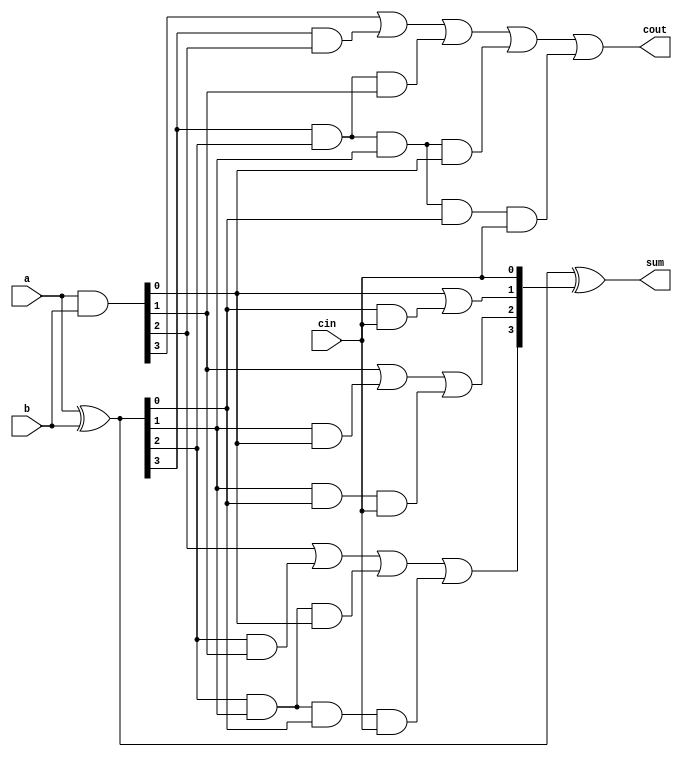
module cla_4bit(a, b, cin, sum, cout);
input [3:0] a;
input [3:0] b;
input cin;
output [3:0] sum;
output cout;

wire [3:0] p;//these internal signals track 
wire [3:0] g;
wire [3:0] c;

assign p = a ^ b;//a XOR b is propogate
assign g = a & b;//both bits are 1 generate
assign sum = p ^ c;//sum is a 1 if bit propogates XOR has a cin

/*Carry lookahead logic: first bit of c is cin, then every other bit must look at the
previous bit(s) to see if it either generates, or if there is a propogation chain that leads
to a generate or a cin */

assign c[0] = cin;
assign c[1] = g[0] | (p[0] & cin);
assign c[2] = g[1] | (p[1] & g[0]) | (p[1] & p[0] & cin);
assign c[3] = g[2] | (p[2] & g[1]) | (p[2] & p[1] & g[0]) | (p[2] & p[1] & p[0] & cin);
assign cout = g[3] | (p[3] & g[2]) | (p[3] & p[2] & g[1]) | (p[3] & p[2] & p[1] & g[0]) | (p[3] & p[2] & p[1] & p[0] & cin);

endmodule